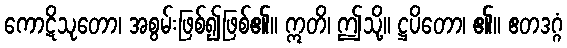
ကောဋိသုတော၊ အစွမ်းဖြစ်၍ဖြစ်၏။ ဣတိ၊ ဤသို့။ ဋ္ဌပိတော၊ ၏။ ဧတဒဂ္ဂံ